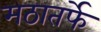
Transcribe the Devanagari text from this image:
मठातर्फे